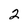
Character: 2